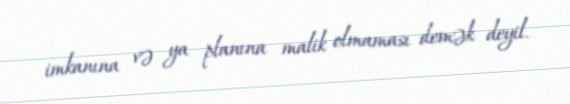
imkanına və ya planına malik olmaması demək deyil.